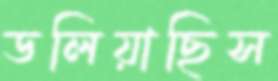
ডলিয়াছিস